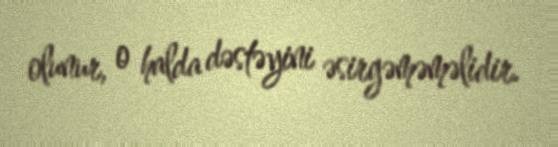
olunur, o halda dəstəyini əsirgəməməlidir.